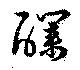
醭